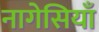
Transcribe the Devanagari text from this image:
नागेसियाँ